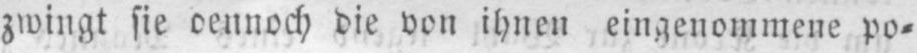
zwingt sie dennoch die von ihnen eingenommene po⸗